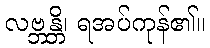
လဗ္ဘန္တိ၊ ရအပ်ကုန်၏။